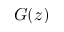
G ( z )